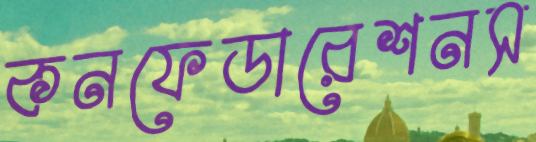
কনফেডারেশনস